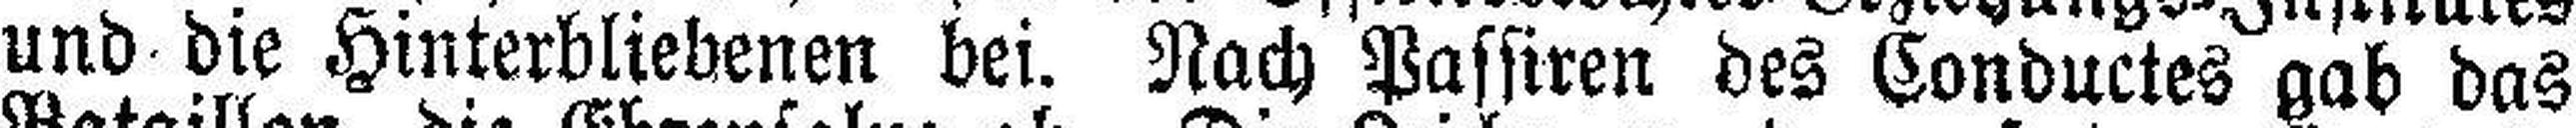
und die Hinterbliebenen bei. Nach Passiren des Conductes gab das